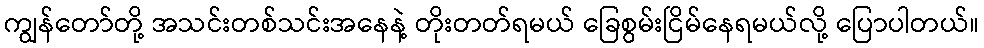
ကျွန်တော်တို့ အသင်းတစ်သင်းအနေနဲ့ တိုးတတ်ရမယ် ခြေစွမ်းငြိမ်နေရမယ်လို့ ပြောပါတယ်။